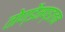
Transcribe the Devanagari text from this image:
तोण्डैमण्डलम